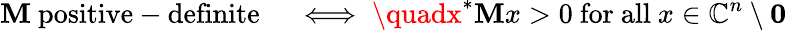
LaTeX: \mathbf{M}{\mathrm{{~positive-definite}}}\quad\iff\quadx^{*}\mathbf{M}x>0{\mathrm{{~for~all~}}}x\in\mathbb{{C}}^{n}\setminus\mathbf{{0}}